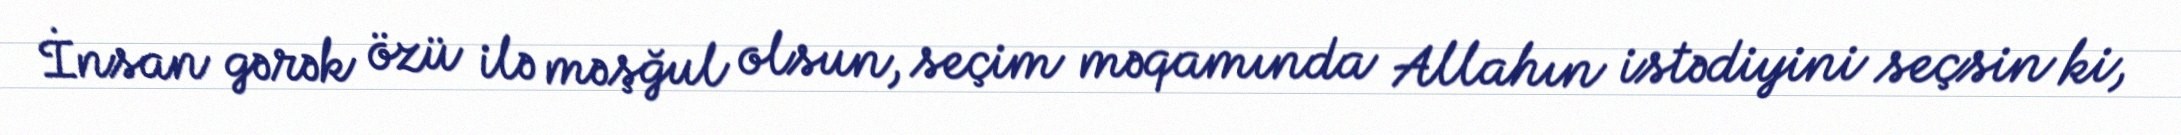
İnsan gərək özü ilə məşğul olsun, seçim məqamında Allahın istədiyini seçsin ki,